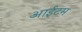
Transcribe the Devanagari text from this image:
आईटम